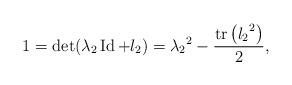
LaTeX: \begin{align*}1=\det(\lambda_2 \operatorname{Id} + l_2) = {\lambda_2}^2 - \frac{\operatorname{tr}\left({l_2}^2\right)}{2},\end{align*}